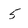
Character: 5